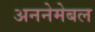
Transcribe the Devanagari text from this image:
अननेमेबल